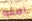
اصغوا